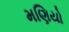
મણિયો